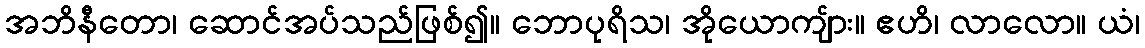
အဘိနီတော၊ ဆောင်အပ်သည်ဖြစ်၍။ ဘောပုရိသ၊ အိုယောကျ်ား။ ဧဟိ၊ လာလော။ ယံ၊